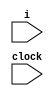
module main (i, clock);
input i,clock;
reg [2:0]x,y;
reg b0, b1;

initial b0 = 0;
initial b1 = 0;
initial x = 0;
initial y = 0;

always @ (posedge clock) begin
  b0 <= ~b1;
  b1 <= b0;
  if (b0 == b1) begin
     x <= x + 1;
   end
  else begin
     y <= y + 1;
  end	   	   
end
endmodule